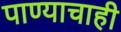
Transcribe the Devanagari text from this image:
पाण्‍याचाही